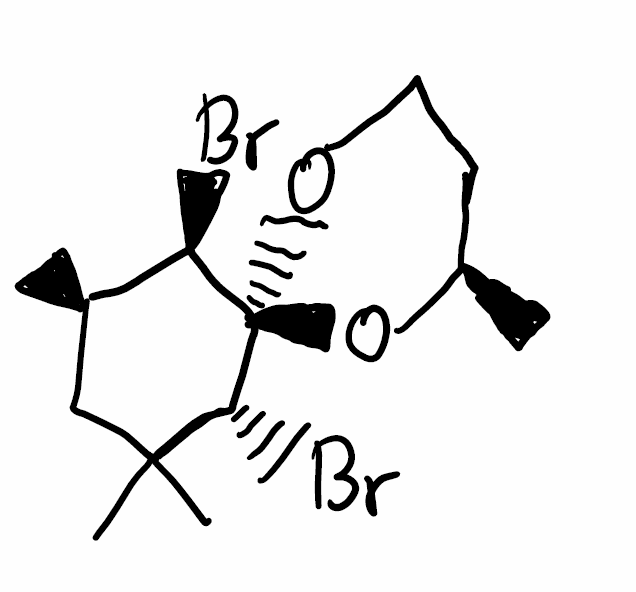
Simplified molecular-input line-entry system (SMILES) notation of the given molecule:
C[C@@H]1CCO[C@@]2(O1)[C@@H]([C@@H](CC([C@H]2Br)(C)C)C)Br